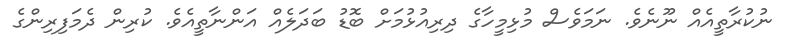
ނުކުރާތީއެއް ނޫނެވެ. ނަމަވެސް މުޅިމީހާގެ ދިރިއުޅުމަށް ބޮޑު ބަދަލެއް އަންނާތީއެވެ. ކުރިން ދެމަފިރިންގެ